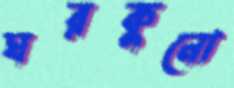
ঘরকুনো